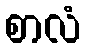
စာလံ